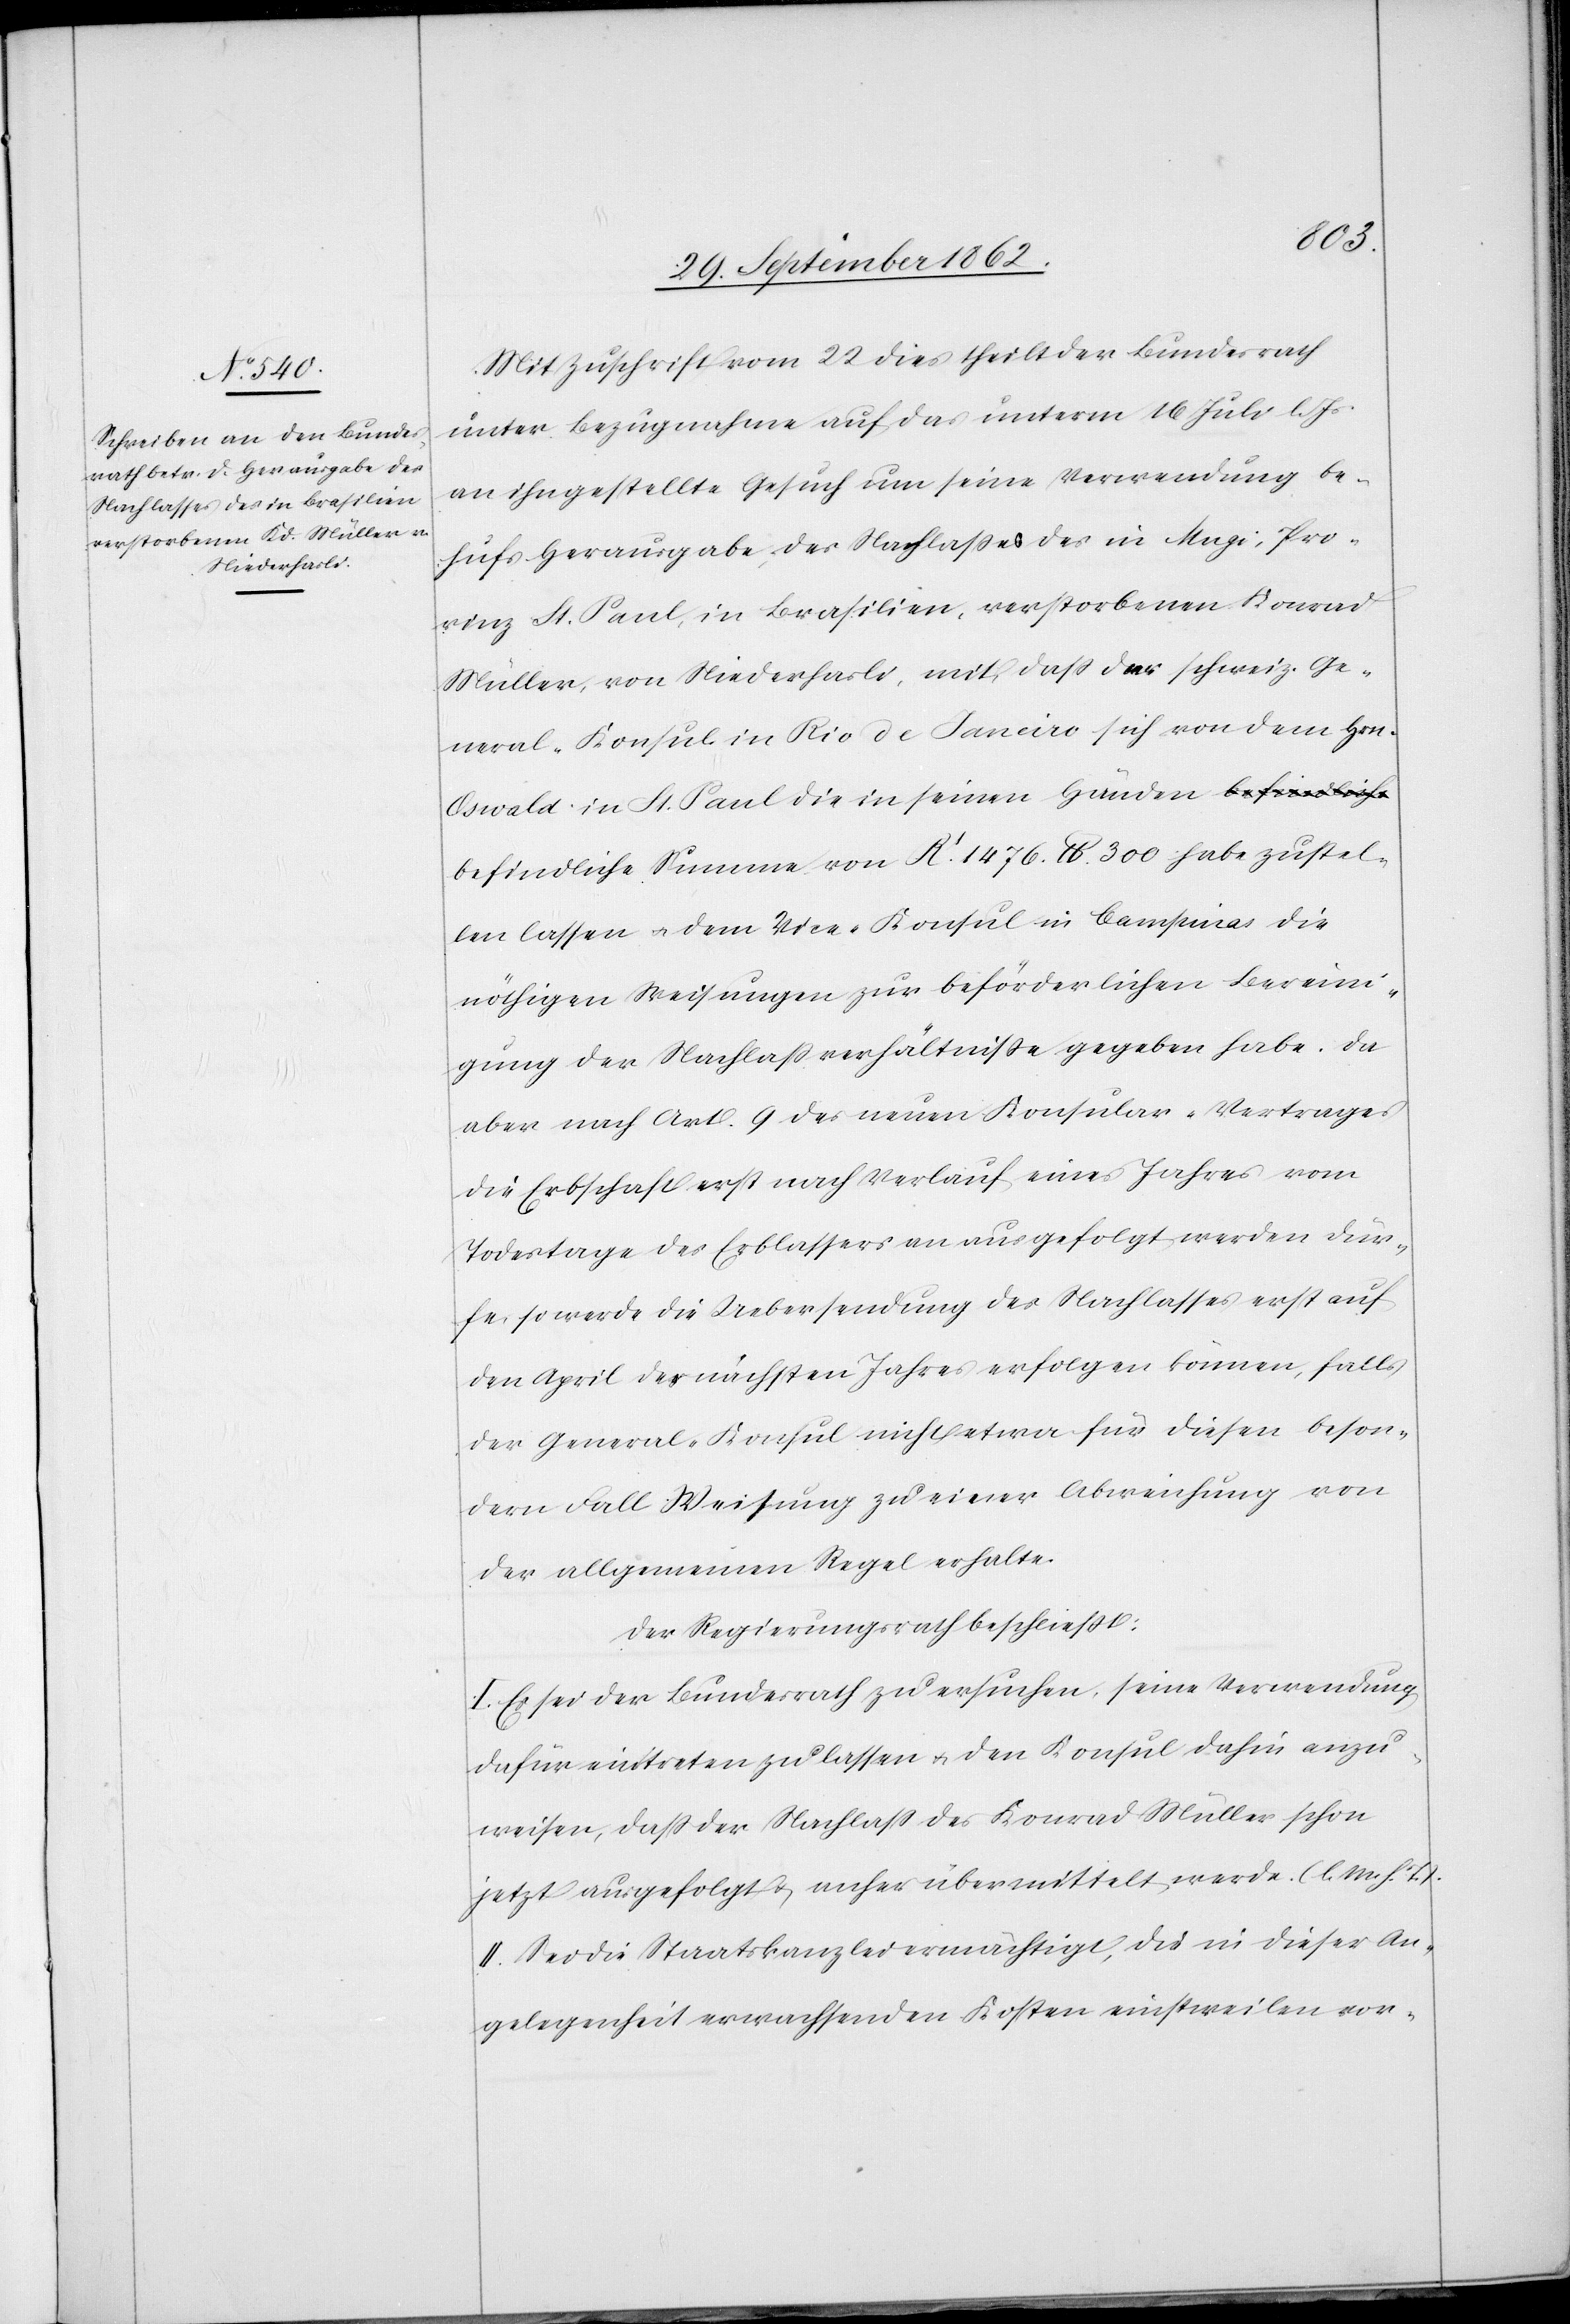
zustel¬
Mit Zuschrift vom 22. dies theilt der Bundesrath
unter Bezugnahme auf das unterm 16. Juli l. Js.
an ihn gestellte Gesuch um seine Verwendung be¬
hufs Herausgabe des Nachlaßes des in Angi, Pro¬
vinz St. Paul, in Brasilien, verstorbenen Konrad
Müller, von Niederhasli, mit, daß der schweiz. Ge¬
neral-Konsul in Rio de Janeiro sich von dem Hrn.
Oswald in St. Paul die in seinen Händen befindliche
len lassen u. dem Vice-Konsul in Campinas die
nöthigen Weisungen zur beförderlichen Bereini¬
gung der Nachlaßverhältniße gegeben habe. Da
aber nach Art. 9 des neuen Konsular-Vertrages
die Erbschaft erst nach Verlauf eines Jahres vom
Todestage des Erblassers an ausgefolgt werden dür¬
fe, so werde die Uebersendung des Nachlasses erst auf
den April des nächsten Jahres erfolgen können, falls
der General-Konsul nicht etwa für diesen beson¬
dern Fall Weisung zu einer Abweichung von
der allgemeinen Regel erhalte.
Der Regierungsrath beschließt:
I. Es sei der Bundesrath zu ersuchen, seine Verwendung
dafür eintreten zu lassen u. den Konsul dahin anzu¬
weisen, daß der Nachlaß des Konrad Müller schon
jetzt ausgefolgt u. anher übermittelt werde. (l. M. h. T.).
II. Sei die Staatskanzlei ermächtigt, die in dieser An¬
gelegenheit erwachsenden Kosten einstweilen vor-